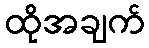
ထိုအချက်